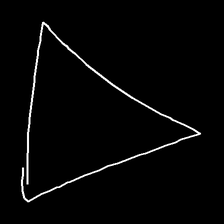
Glyph: convergence